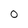
Character: 0